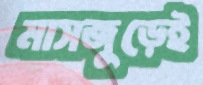
মাসজুড়েই